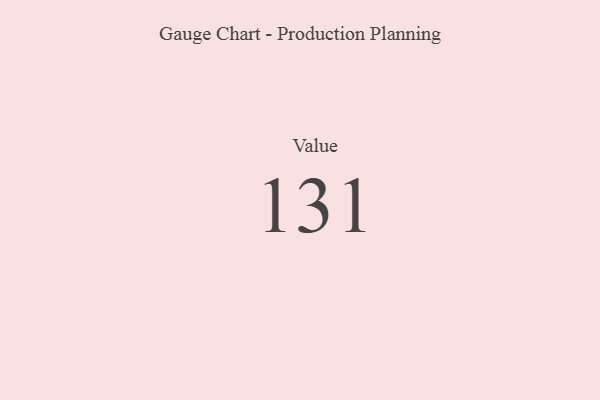
{"axis": {"x": "Metric", "y": "Value"}, "legend": [""], "data": [{"x": "Value", "y": 131, "type": ""}]}